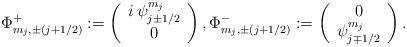
LaTeX: \begin{align*}\Phi^+_{m_j,\pm(j+1/2)}:=\left(\begin{array}{c}i\,\psi^{m_j}_{j\pm1/2}\\0\end{array}\right),\Phi^-_{m_j,\pm(j+1/2)}:=\left(\begin{array}{c}0\\\psi^{m_j}_{j\mp1/2}\end{array}\right).\end{align*}